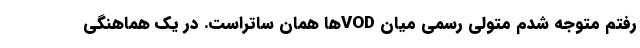
رفتم متوجه شدم متولی رسمی میان VODها همان ساتراست. در یک هماهنگی